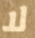
لا